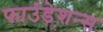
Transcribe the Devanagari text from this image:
फाउंडेशन्स